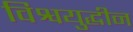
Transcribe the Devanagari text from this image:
विश्वयुद्धीन